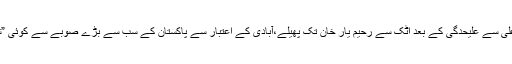
انہیں خبر ہے کہ شہباز شریف کی وزارتِ اعلیٰ سے علیحدگی کے بعد اٹک سے رحیم یار خان تک پھیلے،آبادی کے اعتبار سے پاکستان کے سب سے بڑے صوبے سے کوئی ”شاہد خاقان عباسی“ نکالنا ممکن نہیں رہے گا۔